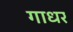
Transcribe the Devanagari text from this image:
गाधर